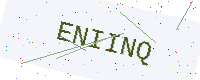
Text: ENIINQ